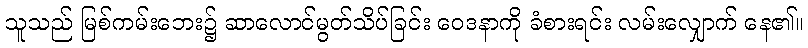
သူသည် မြစ်ကမ်းဘေး၌ ဆာလောင်မွတ်သိပ်ခြင်း ဝေဒနာကို ခံစားရင်း လမ်းလျှောက် နေ၏။